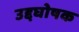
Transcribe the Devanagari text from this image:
उद्दघोषक